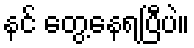
နင် တွေ့နေရပြီပဲ။